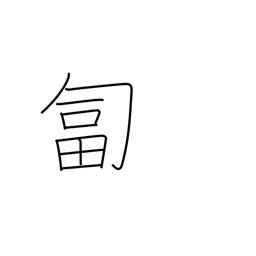
Meaning: crawl